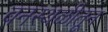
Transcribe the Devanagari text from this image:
वनस्थळीतून